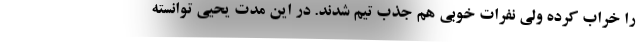
را خراب کرده ولی نفرات خوبی هم جذب تیم شدند. در این مدت یحیی توانسته